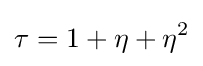
\tau =1+\eta +\eta ^{2}